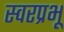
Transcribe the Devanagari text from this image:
स्वरप्रभू